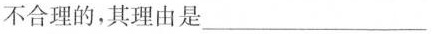
不合理的，其理由是___